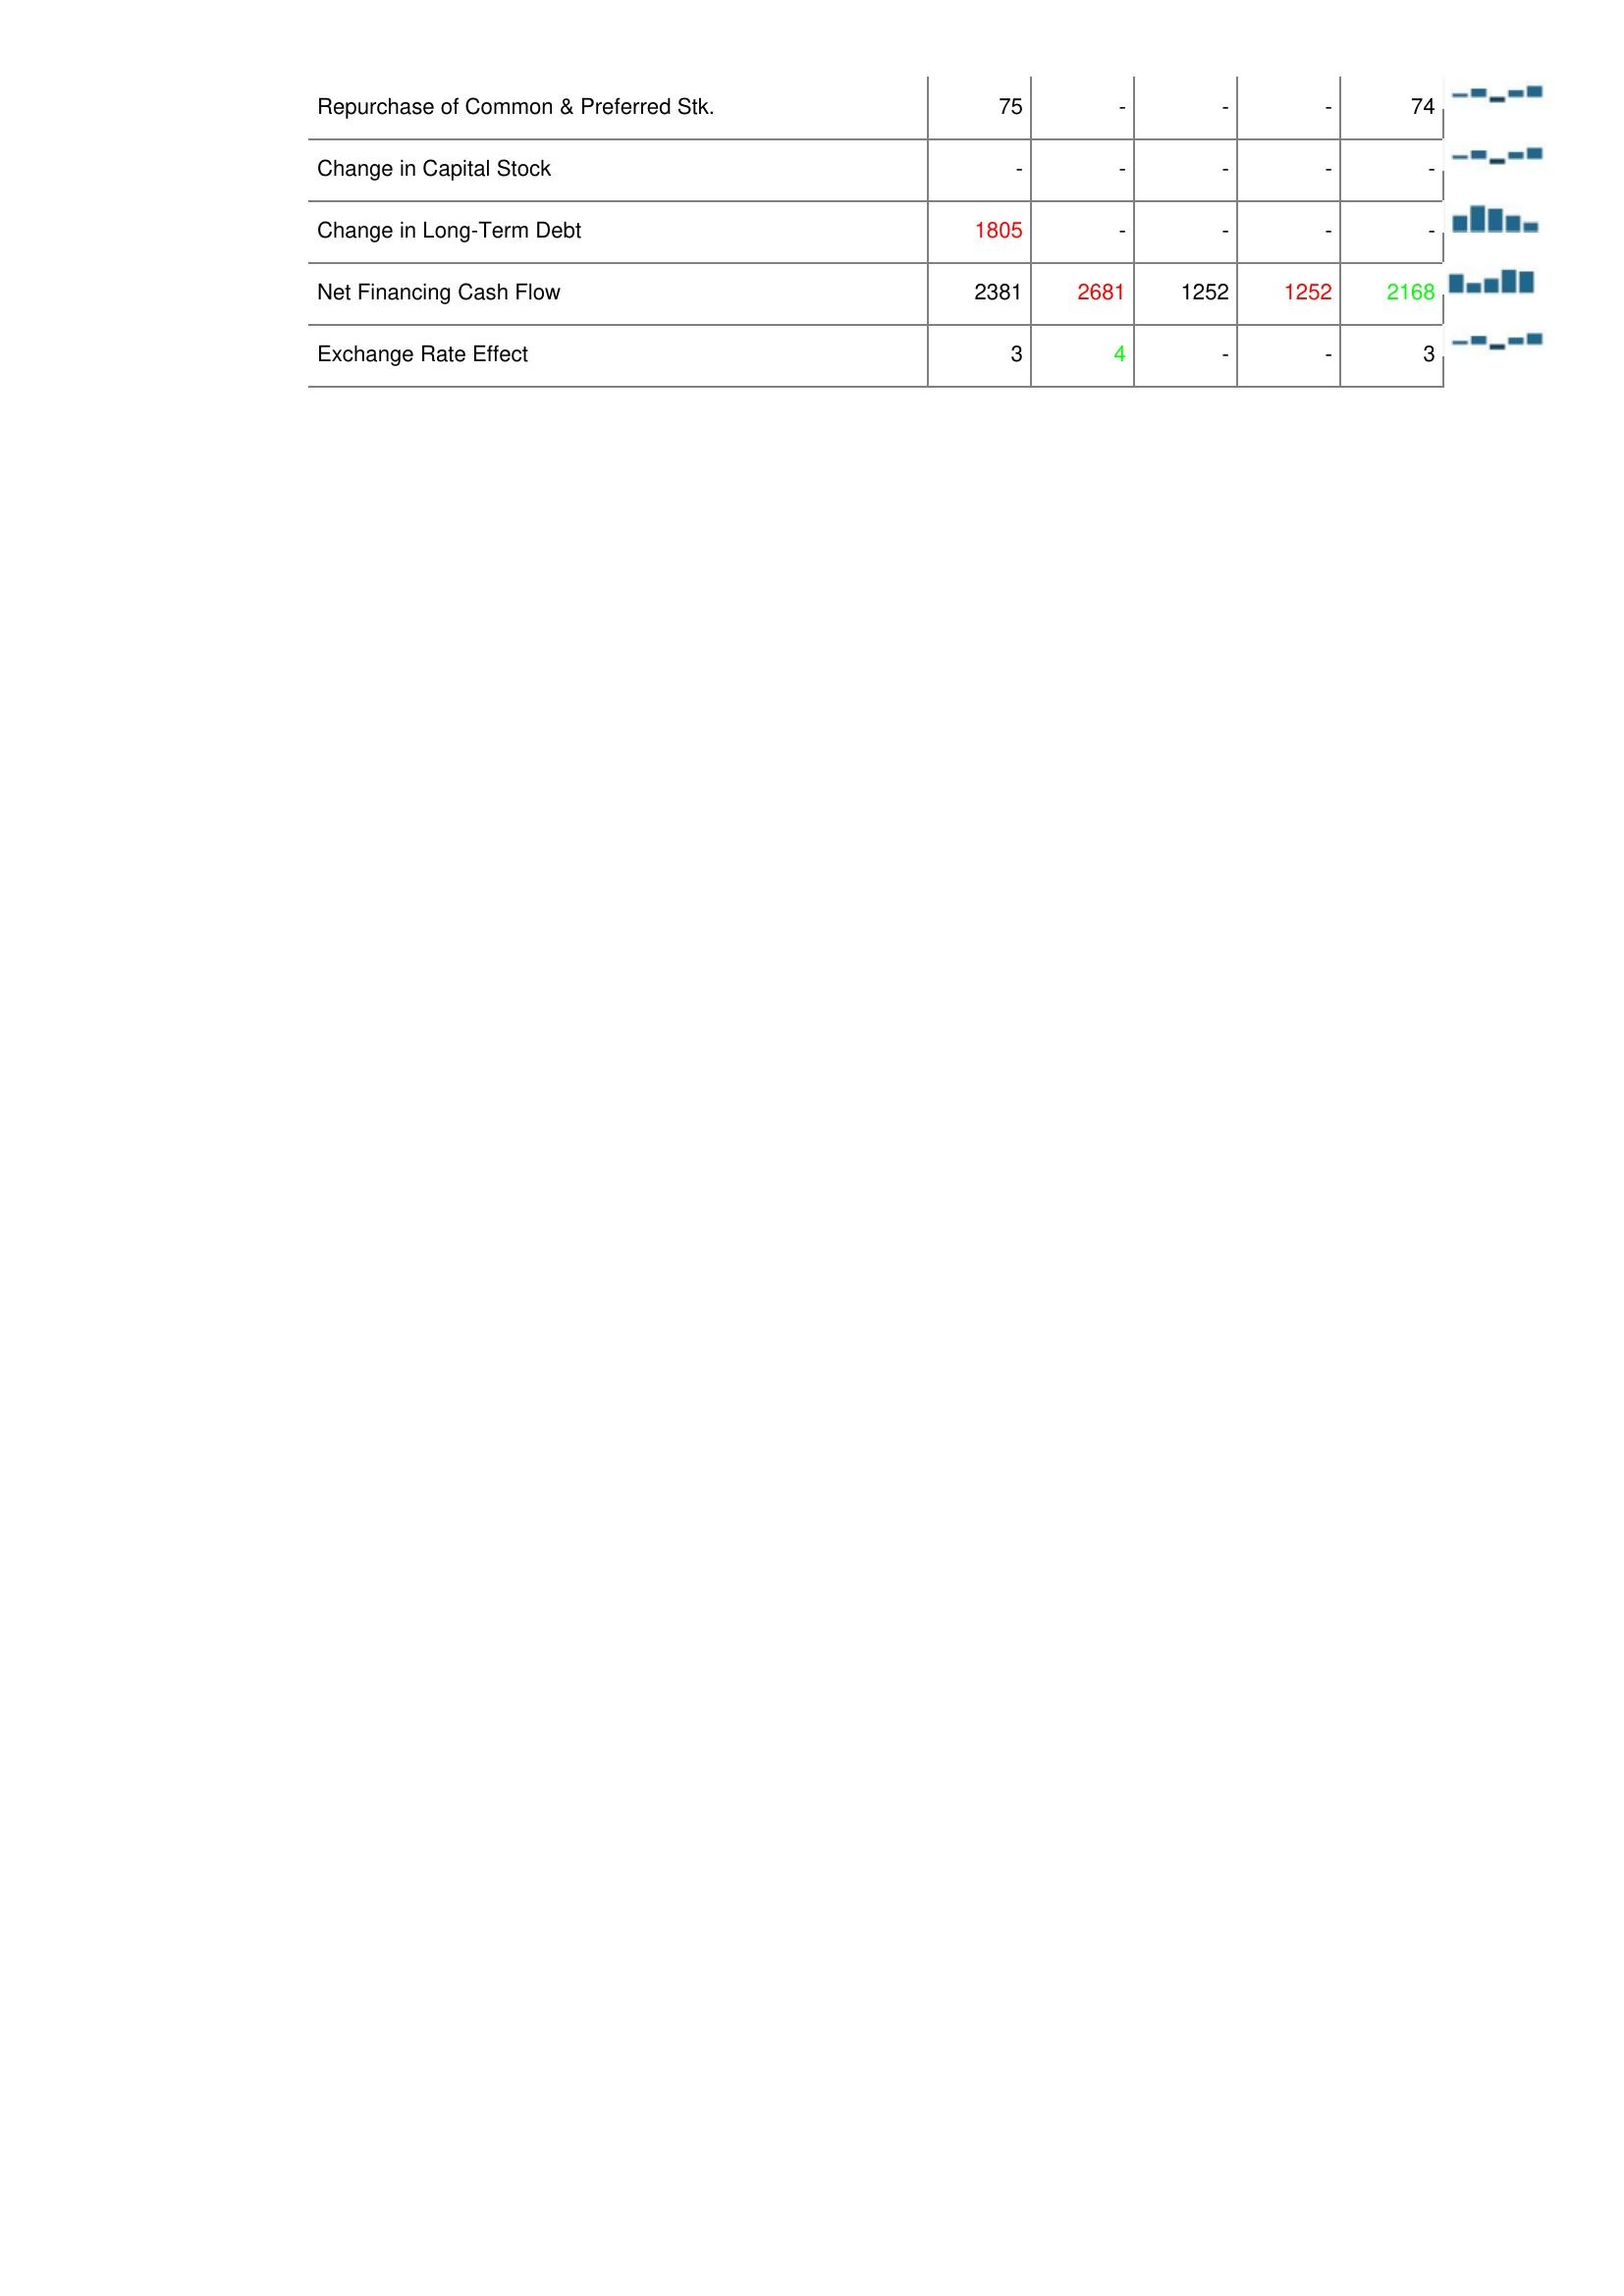
2003: Financing Activities: Repurchase of Common & Preferred Stk.: 75
Change in Capital Stock: -
Change in Long-Term Debt: 1805
Net Financing Cash Flow: 2381
Exchange Rate Effect: 3
2004: Financing Activities: Repurchase of Common & Preferred Stk.: -
Change in Capital Stock: -
Change in Long-Term Debt: -
Net Financing Cash Flow: 2681
Exchange Rate Effect: 4
2005: Financing Activities: Repurchase of Common & Preferred Stk.: -
Change in Capital Stock: -
Change in Long-Term Debt: -
Net Financing Cash Flow: 1252
Exchange Rate Effect: -
2006: Financing Activities: Repurchase of Common & Preferred Stk.: -
Change in Capital Stock: -
Change in Long-Term Debt: -
Net Financing Cash Flow: 1252
Exchange Rate Effect: -
2007: Financing Activities: Repurchase of Common & Preferred Stk.: 74
Change in Capital Stock: -
Change in Long-Term Debt: -
Net Financing Cash Flow: 2168
Exchange Rate Effect: 3